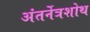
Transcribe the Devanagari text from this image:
अंतर्नेत्रशोथ